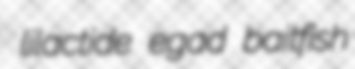
lilactide egad baitfish